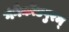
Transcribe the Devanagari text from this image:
गंगैकोंडपुरम्